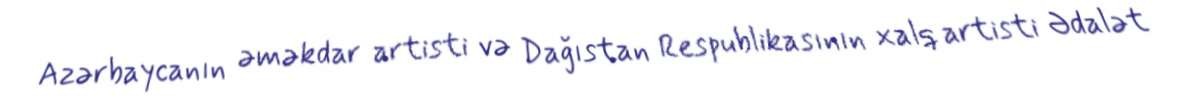
Azərbaycanın əməkdar artisti və Dağıstan Respublikasının xalq artisti Ədalət